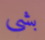
بشي